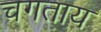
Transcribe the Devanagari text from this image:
चगताय